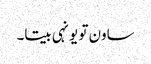
ساون تو یونہی بیتا۔